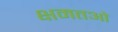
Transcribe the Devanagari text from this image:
क्षमतओं